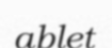
ablet